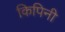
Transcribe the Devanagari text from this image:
किपिनी